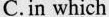
C.in which